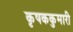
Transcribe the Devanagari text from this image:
कृषककुमारी